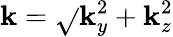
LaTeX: \mathbf{k}=\sqrt{}{{\mathbf{k}_{y}^{2}+\mathbf{k}_{z}^{2}}}